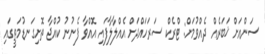
ސަންއަށް ޚަބަރެއް ދެއްވުމަށް: ޓްރެކް ސަރަހައްދަށް އެއްލާލާފައި އޮއްވާ ފެނުނު ކުއްޖާ ތޮށިގަނޑުމަތީގައި